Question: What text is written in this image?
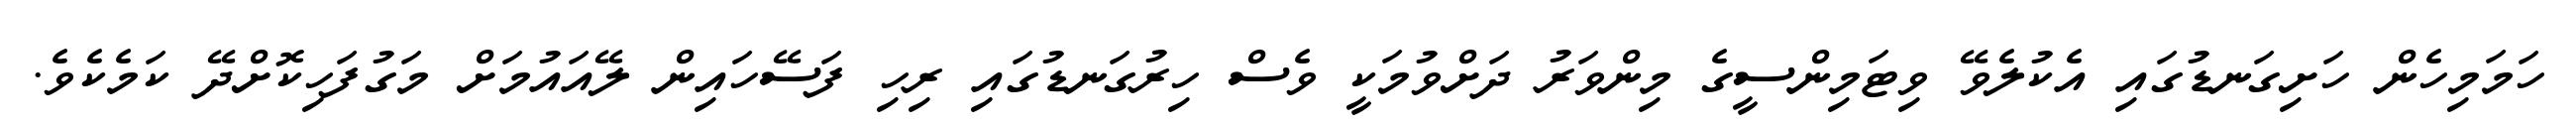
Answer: ހަމަމިހެން ހަށިގަނޑުގައި އެކުލެވޭ ވިޓަމިންސީގެ މިންވަރު ދަށްވުމަކީ ވެސް ހިރުގަނޑުގައި ރިހި ފަސޭހައިން ލޭއައުމަށް މަގުފަހިކޮށްދޭ ކަމެކެވެ.